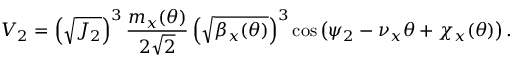
V _ { 2 } = \left( \sqrt { J _ { 2 } } \right) ^ { 3 } \frac { m _ { x } ( \theta ) } { 2 \sqrt 2 } \left( \sqrt { \beta _ { x } ( \theta ) } \right) ^ { 3 } \cos \left( \psi _ { 2 } - \nu _ { x } \theta + \chi _ { x } ( \theta ) \right) .